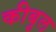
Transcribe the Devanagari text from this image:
कीबुल